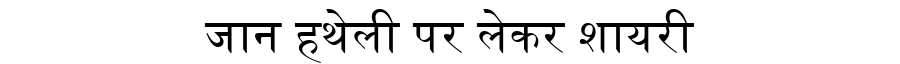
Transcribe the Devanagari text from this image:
जान हथेली पर लेकर शायरी